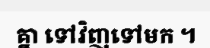
គ្នា ទៅវិញទៅមក ។